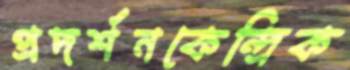
প্রদর্শনকেন্দ্রিক